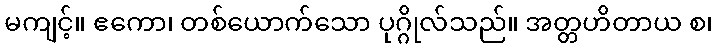
မကျင့်။ ဧကော၊ တစ်ယောက်သော ပုဂ္ဂိုလ်သည်။ အတ္တဟိတာယ စ၊